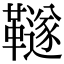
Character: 𩍚